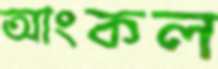
আংকল